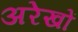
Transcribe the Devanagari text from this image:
अरेखों